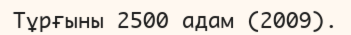
Тұрғыны 2500 адам (2009).